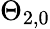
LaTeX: \Theta_{2,0}